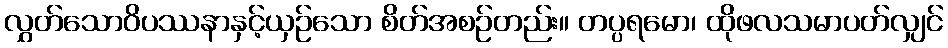
လွှတ်သောဝိပဿနာနှင့်ယှဉ်သော စိတ်အစဉ်တည်း။ တပ္ပရမော၊ ထိုဖလသမာပတ်လျှင်